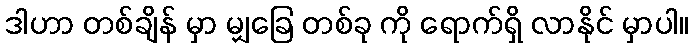
ဒါဟာ တစ်ချိန် မှာ မျှခြေ တစ်ခု ကို ရောက်ရှိ လာနိုင် မှာပါ။